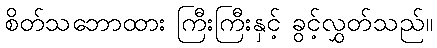
စိတ်သဘောထား ကြီးကြီးနှင့် ခွင့်လွှတ်သည်။